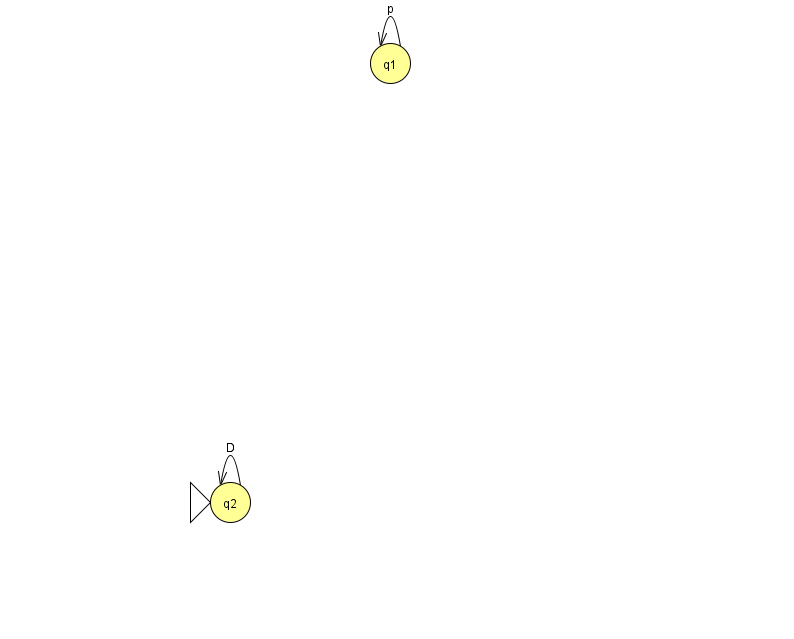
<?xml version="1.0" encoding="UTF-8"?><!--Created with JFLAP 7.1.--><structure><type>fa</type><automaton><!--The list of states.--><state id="1" name="q1"><x>390.0</x><y>50.0</y></state><state id="2" name="q2"><x>230.0</x><y>489.0</y><initial/></state><!--The list of transitions.--><transition><from>1</from><to>1</to><read>p</read></transition><transition><from>2</from><to>2</to><read>D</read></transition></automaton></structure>